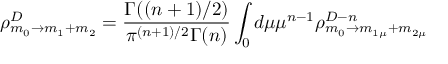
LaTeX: \rho _ { m _ { 0 } \rightarrow m _ { 1 } + m _ { 2 } } ^ { D } = \frac { \Gamma ( ( n + 1 ) / 2 ) } { \pi ^ { ( n + 1 ) / 2 } \Gamma ( n ) } \int _ { 0 } d \mu \mu ^ { n - 1 } \rho _ { m _ { 0 } \rightarrow m _ { 1 \mu } + m _ { 2 \mu } } ^ { D - n }